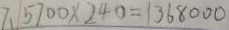
7 、 5 7 0 0 \times 2 4 0 = 1 3 6 8 0 0 0